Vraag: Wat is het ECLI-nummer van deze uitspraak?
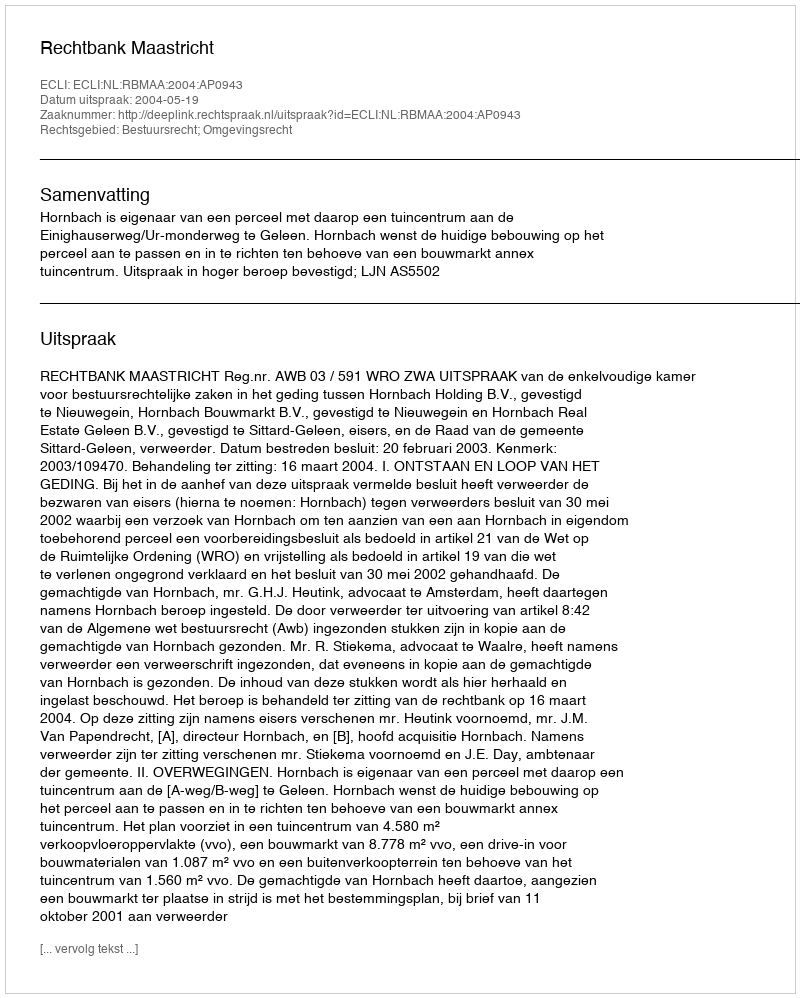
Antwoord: ECLI:NL:RBMAA:2004:AP0943